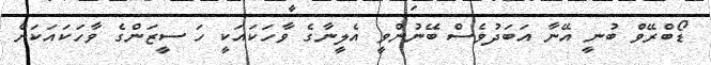
ޑޯބްރޭވް ބުނީ އޭނާ އަބަދުވެސް ބޭނުންވީ އެލީނާގެ ވާހަކައަކީ ހަ ސީޒަންގެ ވާހަކައަކަށް